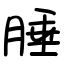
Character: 腄